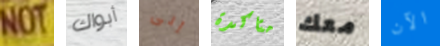
NOT أبواك إلى متاكدة معك الآن